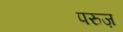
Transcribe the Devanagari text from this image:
परुज़